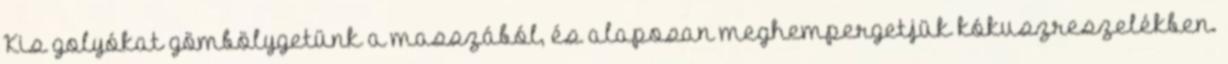
Kis golyókat gömbölygetünk a masszából, és alaposan meghempergetjük kókuszreszelékben.